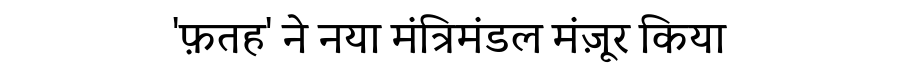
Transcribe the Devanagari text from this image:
'फ़तह' ने नया मंत्रिमंडल मंज़ूर किया